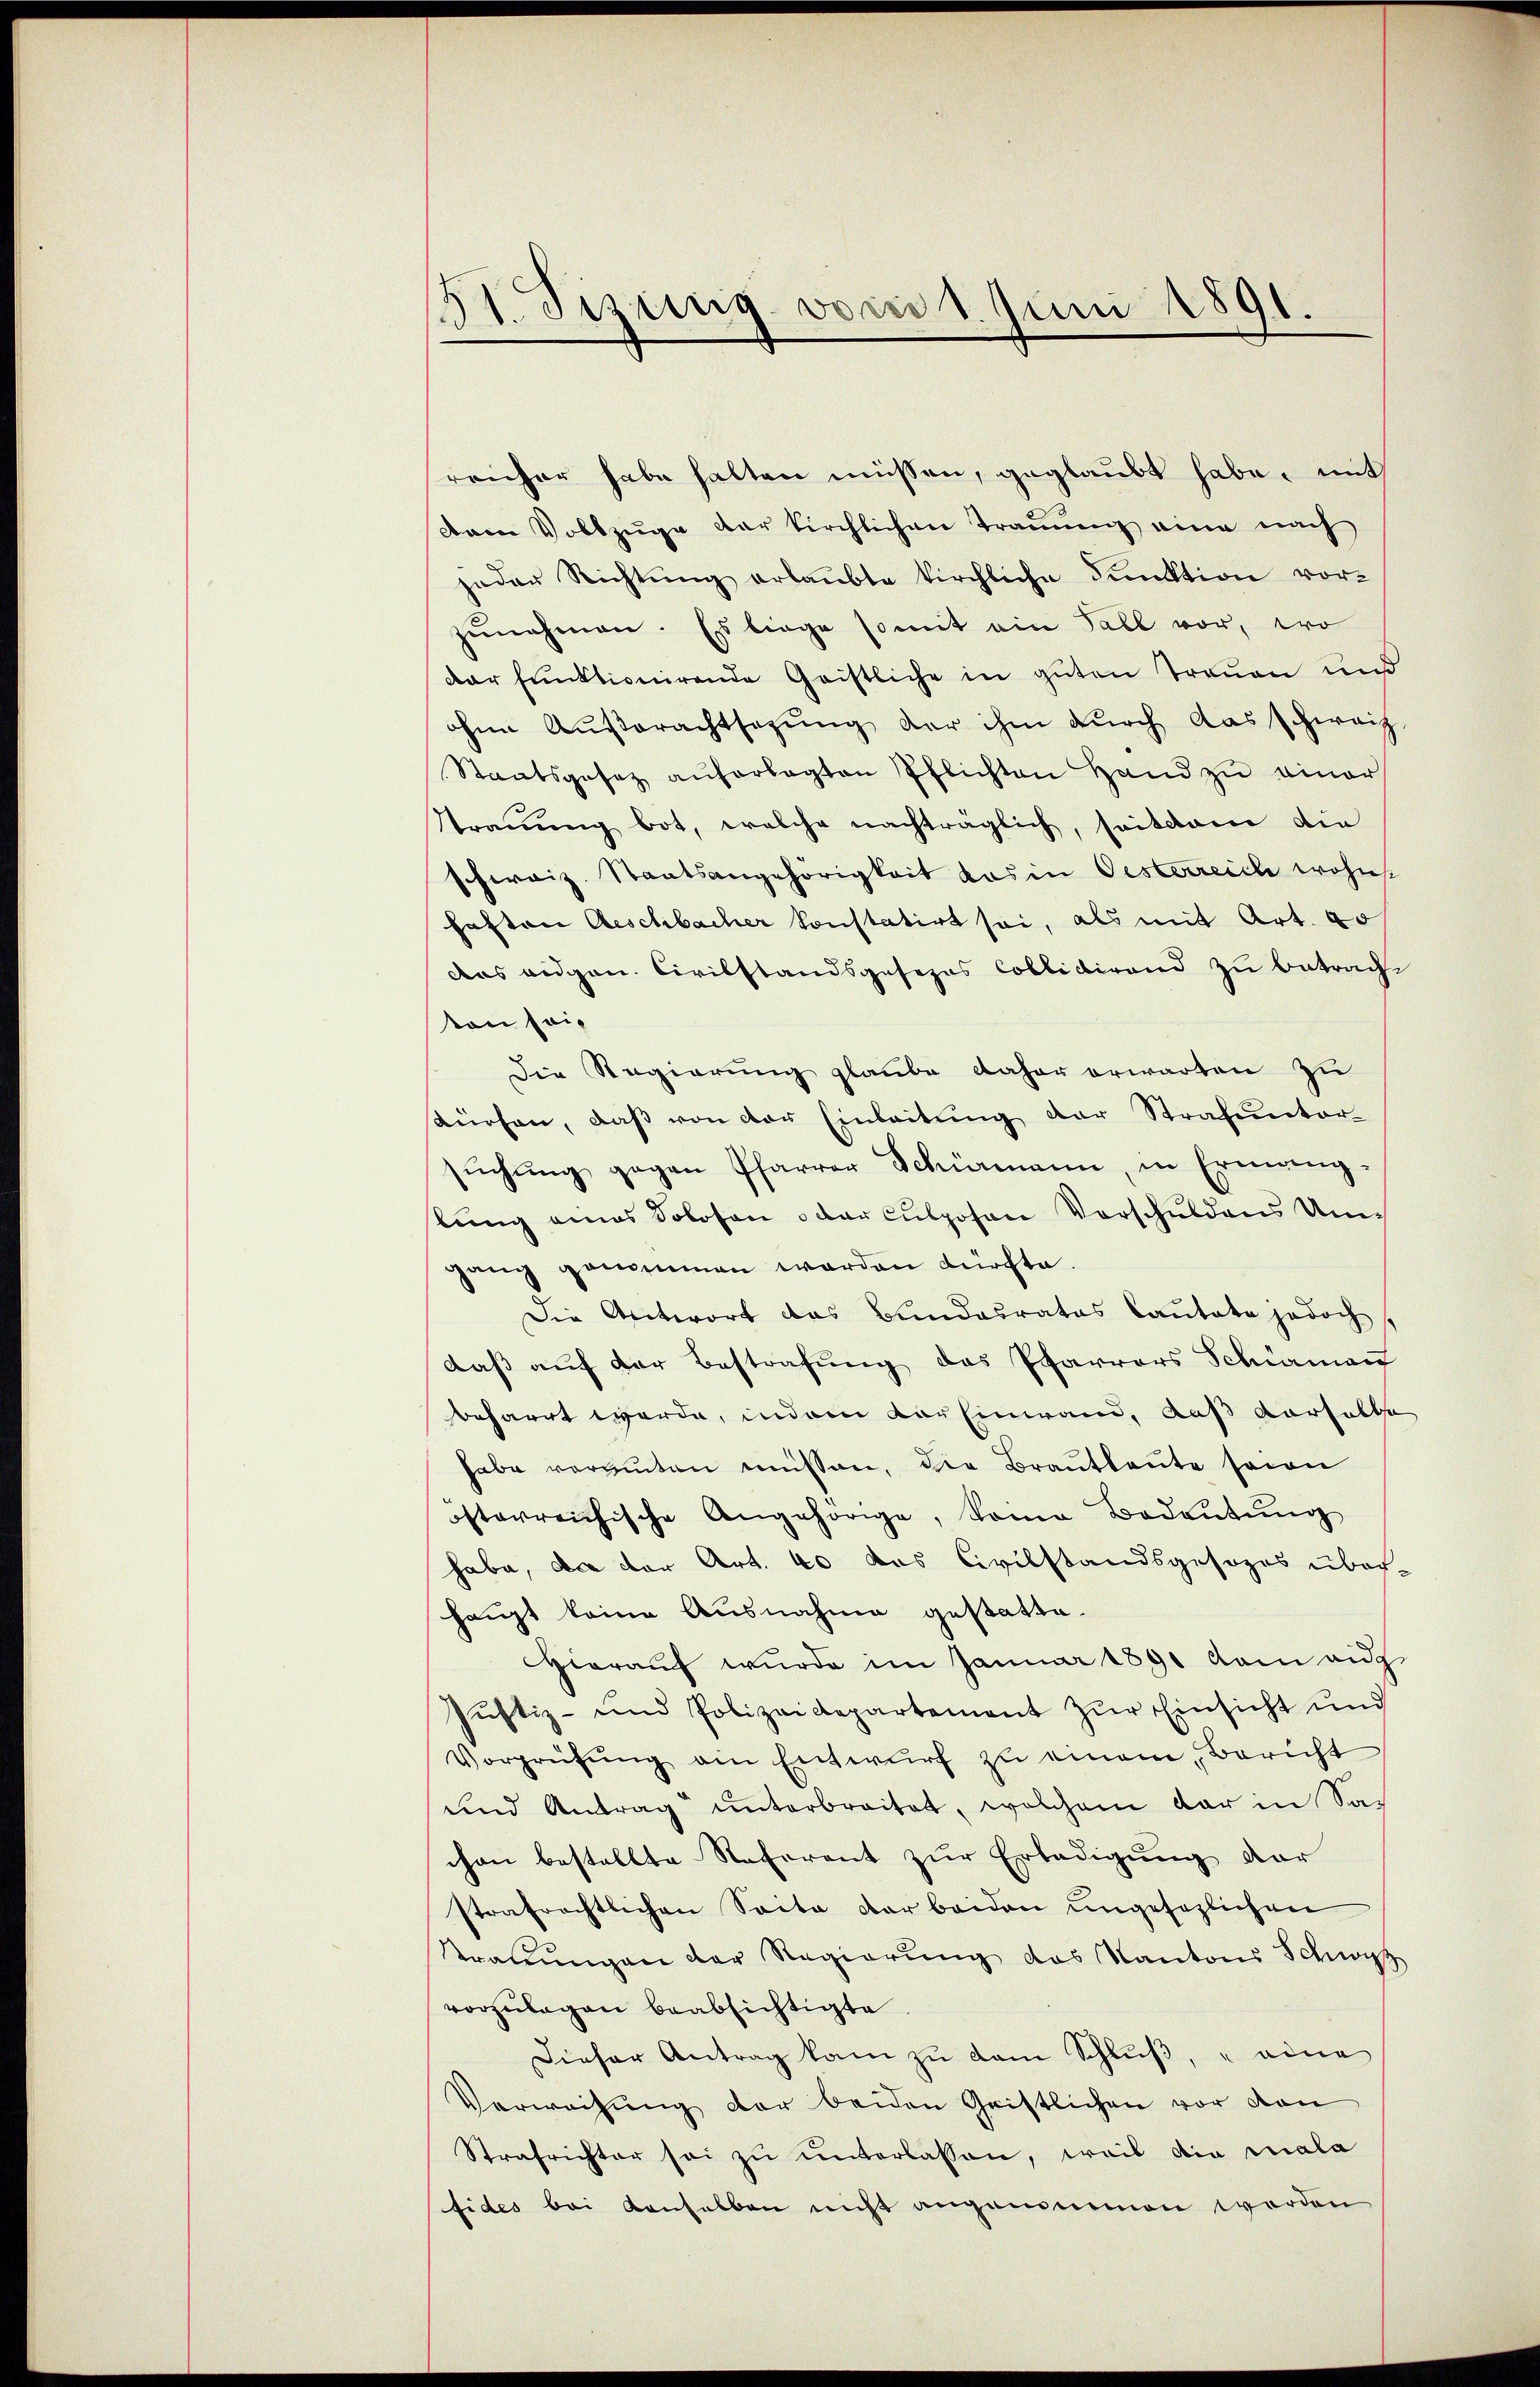
31. Sizung vom 1. Juni 1891.

reicher habe halten müssen, geglaubt habe, mit
dam Vollzuge der kirchlichen Trauung eine nach
jeder Richtung erlaubte kirchliche Funktion vor-
zunehmen. Es liege somit ein Fall vor, wo
dar funktionirende Geistliche in guten Treuen und
ohne Außerachtsezung der ihm durch das schweiz.
Staatsgesez aŭferlegten Pflichten Hand zŭ einer
Trauung bot, welche nachträglich, seitdem die
schweiz. Staatsangehörigkeit das in Oesterreich wohnt
hatten Aeschbacher konstatirt sei, als mit Art. 30
das eidgen. Civilstandsgesezes Collidirend zu betrach
von sei¬
Die Regierung glaube daher erwarten zu
Kürfen, daβ von der Einleitŭng der Strafuntor-
sŭchŭng gegen Pfarrer Schürmann, in Ermang-
lŭng eines Solosen oder Culposen Vorschuldens Umgang genommen worden fürchte.
Die Antwort das Bundesrates Cautate jedoch
daß auf der Bestrafung das Pfarrers Schiaman
beharrt werde, indem der Einwand, daß derselbe
habe verguten müssen, die Brautleute seien
österreichische Angehörige, keine Bedeŭtŭng
habe, da der Art. 40 das Civilstandsgesezes über-
haupt keine Ausnahme gestatte.
Hieraŭf wurde im Januar 1891 kam ang
Justiz- und Polizeidepartement zŭr Einsicht und
Vorprüfŭng ein Entwŭrf zu einem Bericht
und Antrag unterbreitet, welchem dar in Sachon bestellte Referent zur Erledigung der
strafrechtlichen Seite der beiden ungesezlichen
Strafŭngen der Regierŭng das Kantons Schwyz
vorzŭlegen beabsichtigte.
Dieser Antrag kam zu dem Schluß, eine
Verweisung der beiden Gristlichen vor von
Strafrichter sei zu unterlassen, weil die mala
fides bei denselben nicht angenommen worden